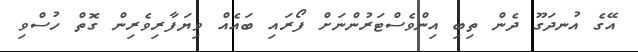
އޭގެ އުނދަގޫ ދެން ތިބި އިންވެސްޓަރުންނަށް ފޯރައި ބައެއް ވިޔަފާރިވެރިން ގޮތް ހުސްވި